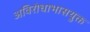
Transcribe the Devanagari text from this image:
अविरोधाभासयुक्त